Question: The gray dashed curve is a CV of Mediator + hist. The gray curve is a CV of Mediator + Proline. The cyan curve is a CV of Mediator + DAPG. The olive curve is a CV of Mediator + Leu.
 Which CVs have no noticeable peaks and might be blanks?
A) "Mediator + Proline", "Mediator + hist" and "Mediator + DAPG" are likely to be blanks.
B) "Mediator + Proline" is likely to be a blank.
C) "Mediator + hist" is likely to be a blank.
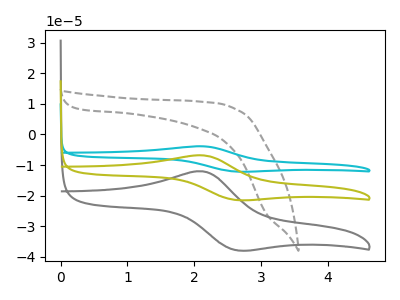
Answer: <think>The gray dashed curve "Mediator + hist" has no peaks. The gray curve "Mediator + Proline" has an anodic peak at (2.10V, -12.05uA) and a cathodic peak at (2.65V, -37.80uA). The cyan curve "Mediator + DAPG" has an anodic peak at (2.10V, -13.65uA) and a cathodic peak at (2.65V, -42.85uA). The olive curve "Mediator + Leu" has an anodic peak at (2.10V, -6.80uA) and a cathodic peak at (2.65V, -21.40uA).</think>
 <answer>C) "Mediator + hist" is likely to be a blank.</answer>
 <eval>C</eval>